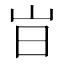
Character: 㞱